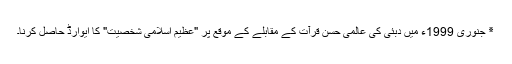
٭ جنوری 1999ء میں دبئی کی عالمی حسنِ قرآت کے مقابلے کے موقع پر "عظیم اسلامی شخصیت" کا ایوارڈ حاصل کرنا۔